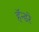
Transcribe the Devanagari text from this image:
हॅन्डरे